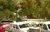
બચાવનારી